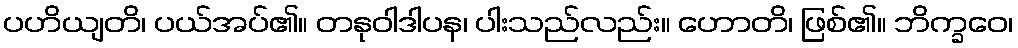
ပဟိယျတိ၊ ပယ်အပ်၏။ တနုဝါဒါပန၊ ပါးသည်လည်း။ ဟောတိ၊ ဖြစ်၏။ ဘိက္ခဝေ၊